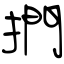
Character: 捫